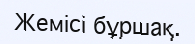
Жемісі бұршақ.